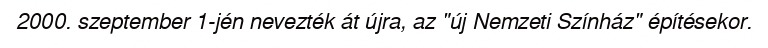
2000. szeptember 1-jén nevezték át újra, az "új Nemzeti Színház" építésekor.